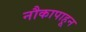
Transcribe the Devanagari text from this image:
नौकापाहून